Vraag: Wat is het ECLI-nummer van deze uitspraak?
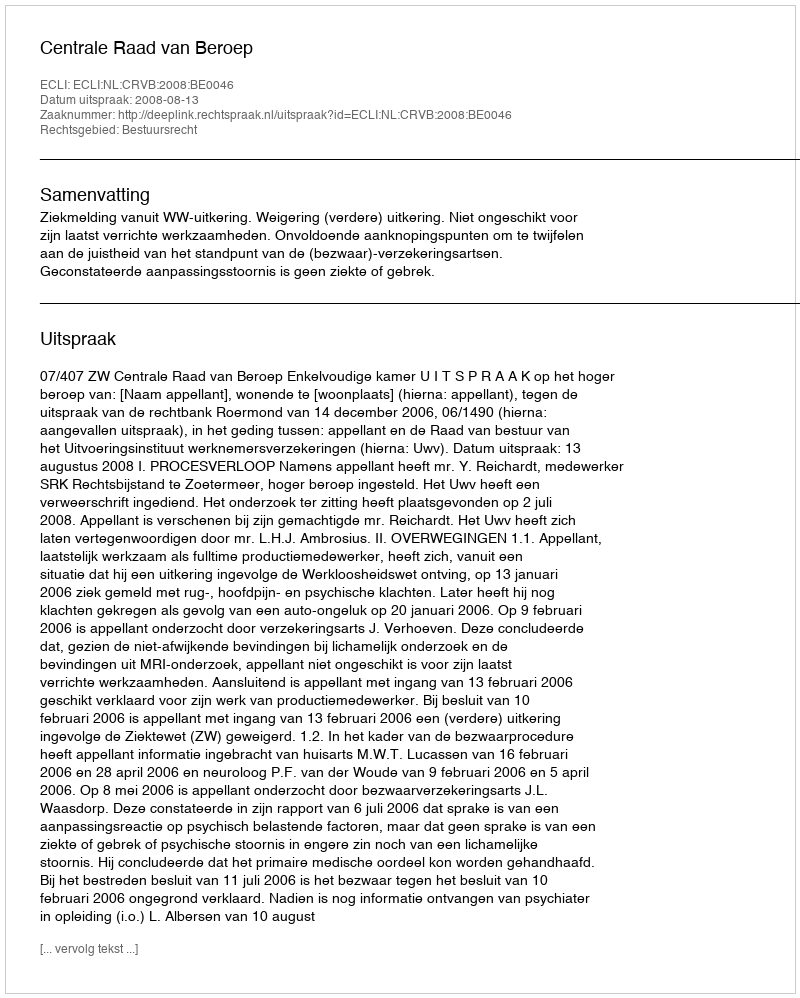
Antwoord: ECLI:NL:CRVB:2008:BE0046